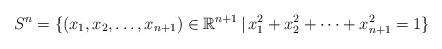
LaTeX: \begin{align*}S^n = \{ (x_1, x_2, \dots, x_{n+1} )\in \mathbb R^{n+1} \, | \, x_1^2 + x_2^2+ \dots + x_{n+1}^2 = 1\}\end{align*}